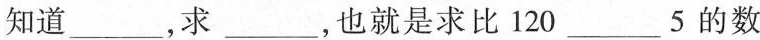
知道___，求___，也就是求比120___5的数